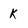
Character: K